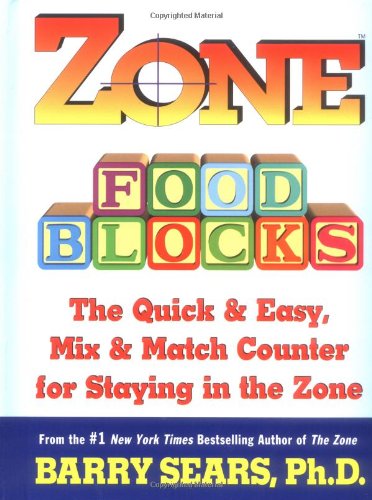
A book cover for Zone Food Blocks: The Quick and Easy, Mix-and-Match Counter for Staying in the Zone; Barry Sears; Health, Fitness & Dieting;